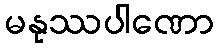
မနုဿပါဏော